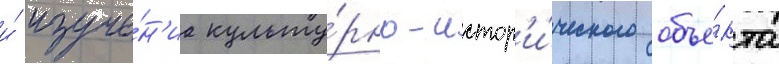
и́ изуче́н'иа культу́рно-истор'и́ческого объе́кта